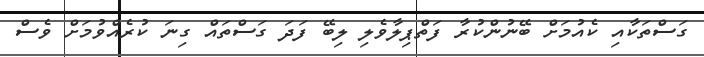
ގަސްތަކާއި ކެއުމަށް ބޭނުންކުރާ ފަތްޕިލާވެލި ލިބޭ ފަދަ ގަސްތައް ގިނަ ކުރެއްވުމަށް ވެސް